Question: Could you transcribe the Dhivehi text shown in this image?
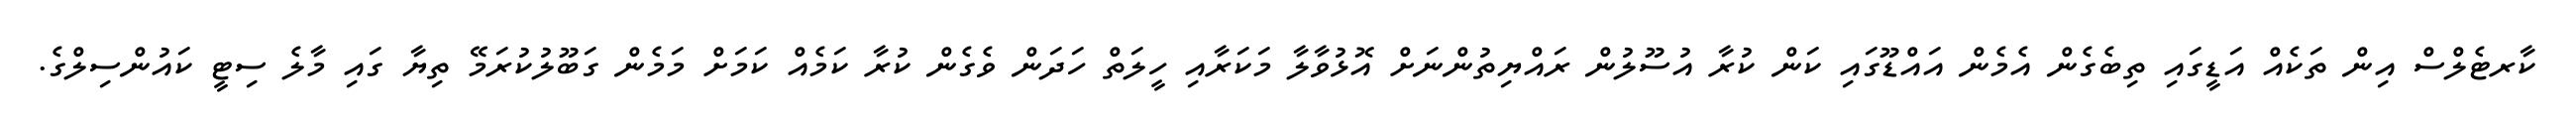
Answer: ކާރޓެލްސް އިން ތަކެއް އަޑީގައި ތިބެގެން އެމެން އައްޑޫގައި ކަން ކުރާ އުސޫލުން ރައްޔިތުންނަށް އޮޅުވާލާ މަކަރާއި ހީލަތް ހަދަން ވެގެން ކުރާ ކަމެއް ކަމަށް މަމެން ގަބޫލުކުރަމޭ ތިޔާ ގައި މާލެ ސިޓީ ކައުންސިލްގެ.